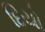
દિયો